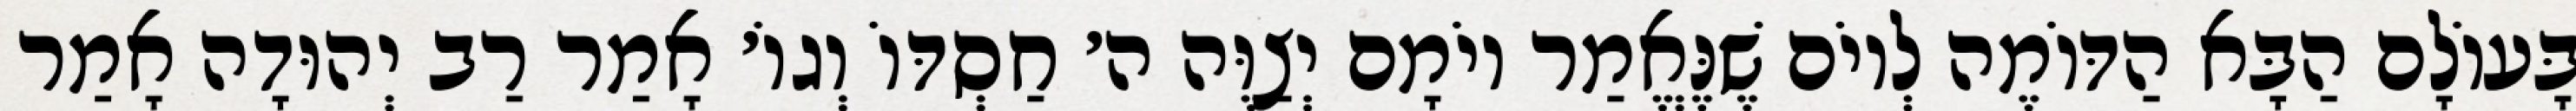
בָּעוֹלָם הַבָּא הַדּוֹמֶה לְיוֹם שֶׁנֶּאֱמַר יוֹמָם יְצַוֶּה ה׳ חַסְדּוֹ וְגוֹ׳ אָמַר רַב יְהוּדָה אָמַר